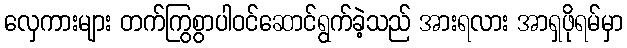
လှေကားများ တက်ကြွစွာပါဝင်ဆောင်ရွက်ခဲ့သည် အားရလား အာရှဖိုရမ်မှာ